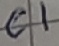
Text: C1